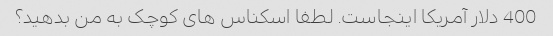
400 دلار آمریکا اینجاست. لطفا اسکناس های کوچک به من بدهید؟